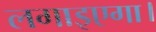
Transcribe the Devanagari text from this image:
लगाइएगा।